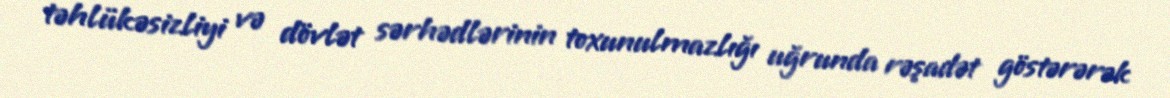
təhlükəsizliyi və dövlət sərhədlərinin toxunulmazlığı uğrunda rəşadət göstərərək